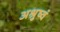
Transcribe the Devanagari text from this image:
अश्रुष्वं